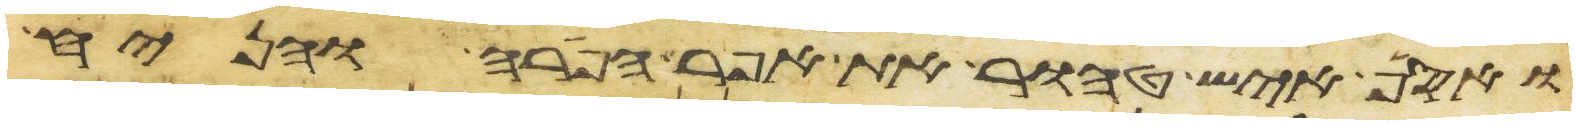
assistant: ואסף איש טהור את אפר הפרה והניח